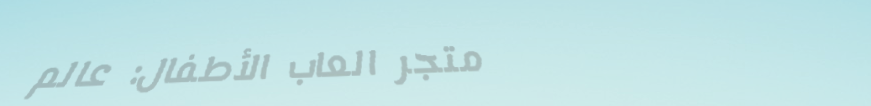
متجر العاب الأطفال: عالم